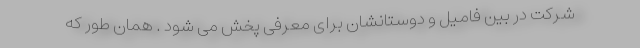
شرکت در بین فامیل و دوستانشان برای معرفی پخش می شود . همان طور که